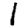
Digit: 1